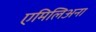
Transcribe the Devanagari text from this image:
एमिलिअना